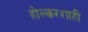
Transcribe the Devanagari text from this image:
होल्करशाही